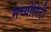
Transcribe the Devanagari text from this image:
मच्योरिटी